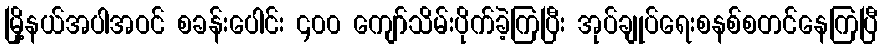
မြို့နယ်အပါအဝင် စခန်းပေါင်း ၄၀၀ ကျော်သိမ်းပိုက်ခဲ့ကြပြီး အုပ်ချုပ်ရေးစနစ်စတင်နေကြပြီ